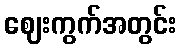
ဈေးကွက်အတွင်း